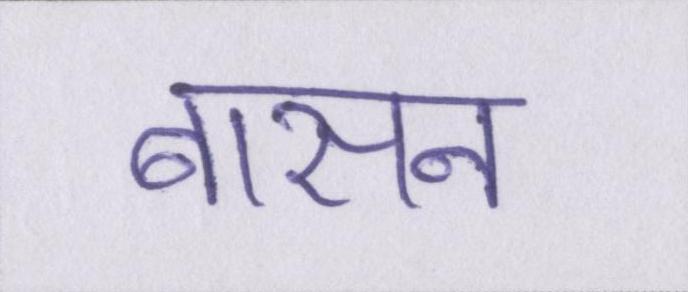
बासन